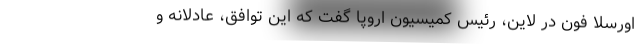
اورسلا فون در لاین، رئیس کمیسیون اروپا گفت که این توافق، عادلانه و